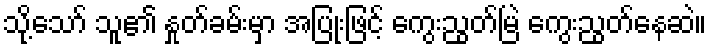
သို့သော် သူ၏ နှုတ်ခမ်းမှာ အပြုံးဖြင့် ကွေးညွတ်မြဲ ကွေးညွတ်နေဆဲ။